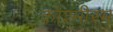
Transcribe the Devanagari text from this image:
काश्मीरम्